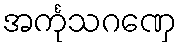
အင်္ကုသဂဏှေ